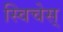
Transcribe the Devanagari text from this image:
स्विचेस्